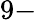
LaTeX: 9-